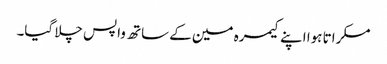
مسکراتا ہوا اپنے کیمرہ مین کے ساتھ واپس چلا گیا۔